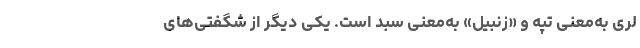
لری به‌معنی تپه و «زنبیل» به‌معنی سبد است. یکی دیگر از شگفتی‌های